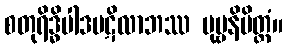
စတုရိဒ္ဓိပါဒပဋိလာဘဿ ပုဗ္ဗနိမိတ္တံ။